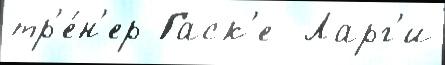
тр'е́н'ер Гаск'е  Ларг'и